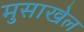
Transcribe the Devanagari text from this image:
मुसाखेल